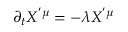
\partial _ { t } X ^ { ' \mu } = - \lambda X ^ { ' \mu }